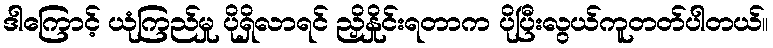
ဒါကြောင့် ယုံကြည်မှု ပိုရှိလာရင် ညှိနှိုင်းရတာက ပိုပြီးလွယ်ကူတတ်ပါတယ်။